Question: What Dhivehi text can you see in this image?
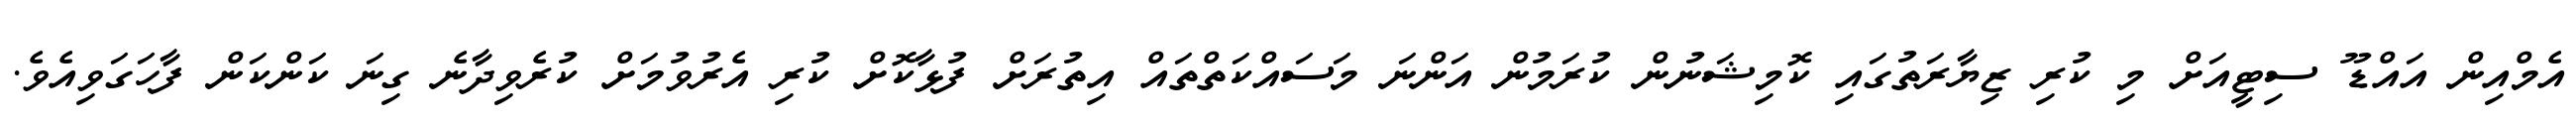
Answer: އެމްއިން އައްޑޫ ސިޓީއަށް މި ކުރި ޒިޔާރަތުގައި ކޮމިޝަނުން ކުރަމުން އަންނަ މަސައްކަތްތައް އިތުރަށް ފުޅާކޮށް ކުރި އެރުވުމަށް ކުރެވިދާނެ ގިނަ ކަންކަން ފާހަގަވިއެވެ.